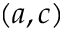
( a , c )